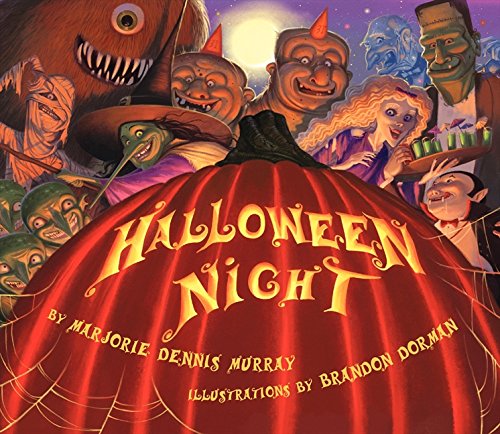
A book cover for Halloween Night; Marjorie Dennis Murray; Children's Books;